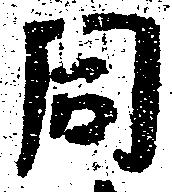
同